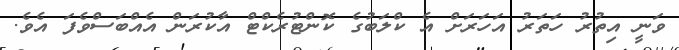
ވަނީ އިތުރު ހަތަރު އަހަރަށް އެ ކްލަބުގެ ކޮންޓުރެކްޓް އާކުރަން އެއްބަސްވެފަ އެވެ.